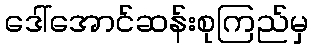
ဒေါ်အောင်ဆန်းစုကြည်မှ